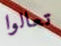
تعالوا